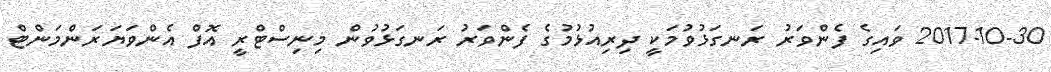
2017-10-30 ވައިގެ ފެންވަރު ރަނގަޅުވުމަކީ ދިރިއުޅުމުގެ ފެންވަރު ރަނގަޅުވުން މިނިސްޓްރީ އޮފް އެންވަޔަރަންމަންޓް